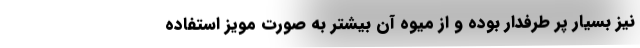
نیز بسیار پر طرفدار بوده و از میوه آن بیشتر به صورت مویز استفاده